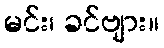
မင်း၊ ခင်ဗျား။